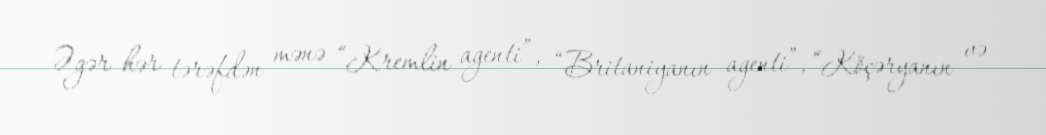
Əgər hər tərəfdən mənə “Kremlin agenti”, “Britaniyanın agenti”, “Köçəryanın və